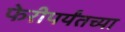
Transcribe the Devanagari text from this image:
फेरीपर्यंतच्या